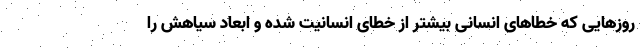
روزهایی که خطاهای انسانی بیشتر از خطای انسانیت شده و ابعاد سیاهش را